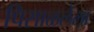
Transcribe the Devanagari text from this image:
पिसाळलेला